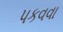
પકવવા